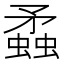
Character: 蟊